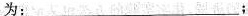
为___;